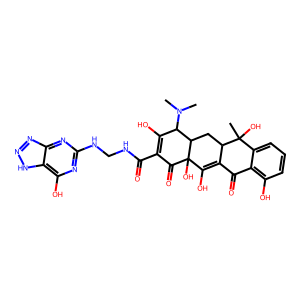
SMILES: CN(C)C1C(O)=C(C(=O)NCNc2nc(O)c3[nH]nnc3n2)C(=O)C2(O)C(O)=C3C(=O)c4c(O)cccc4C(C)(O)C3CC12
Inhibits HIV replication: No